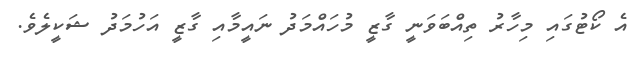
އެ ކޯޓުގައި މިހާރު ތިއްބަވަނީ ގާޒީ މުހައްމަދު ނައީމާއި ގާޒީ އަހުމަދު ޝަކީލެވެ.